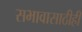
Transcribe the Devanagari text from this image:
सभावासाठीही